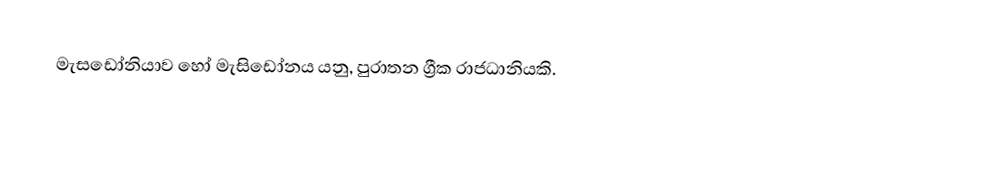
මැසඩෝනියාව හෝ මැසිඩෝනය යනු,  පුරාතන ග්‍රීක රාජධානියකි.